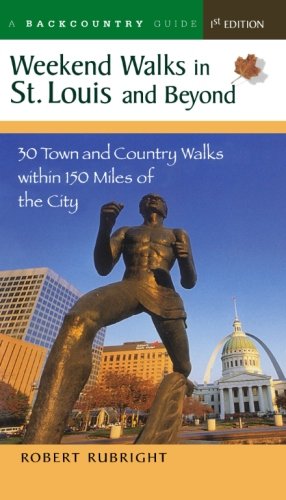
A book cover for Weekend Walks in St. Louis and Beyond: 30 Town and Country Walks Within 150 Miles of the City; Robert Rubright; Travel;